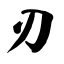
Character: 刃